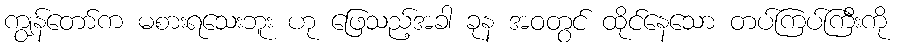
ကျွန်တော်က မစားရသေးဘူး ဟု ဖြေသည့်အခါ ခုန အဝတွင် ထိုင်နေသော တပ်ကြပ်ကြီးကို